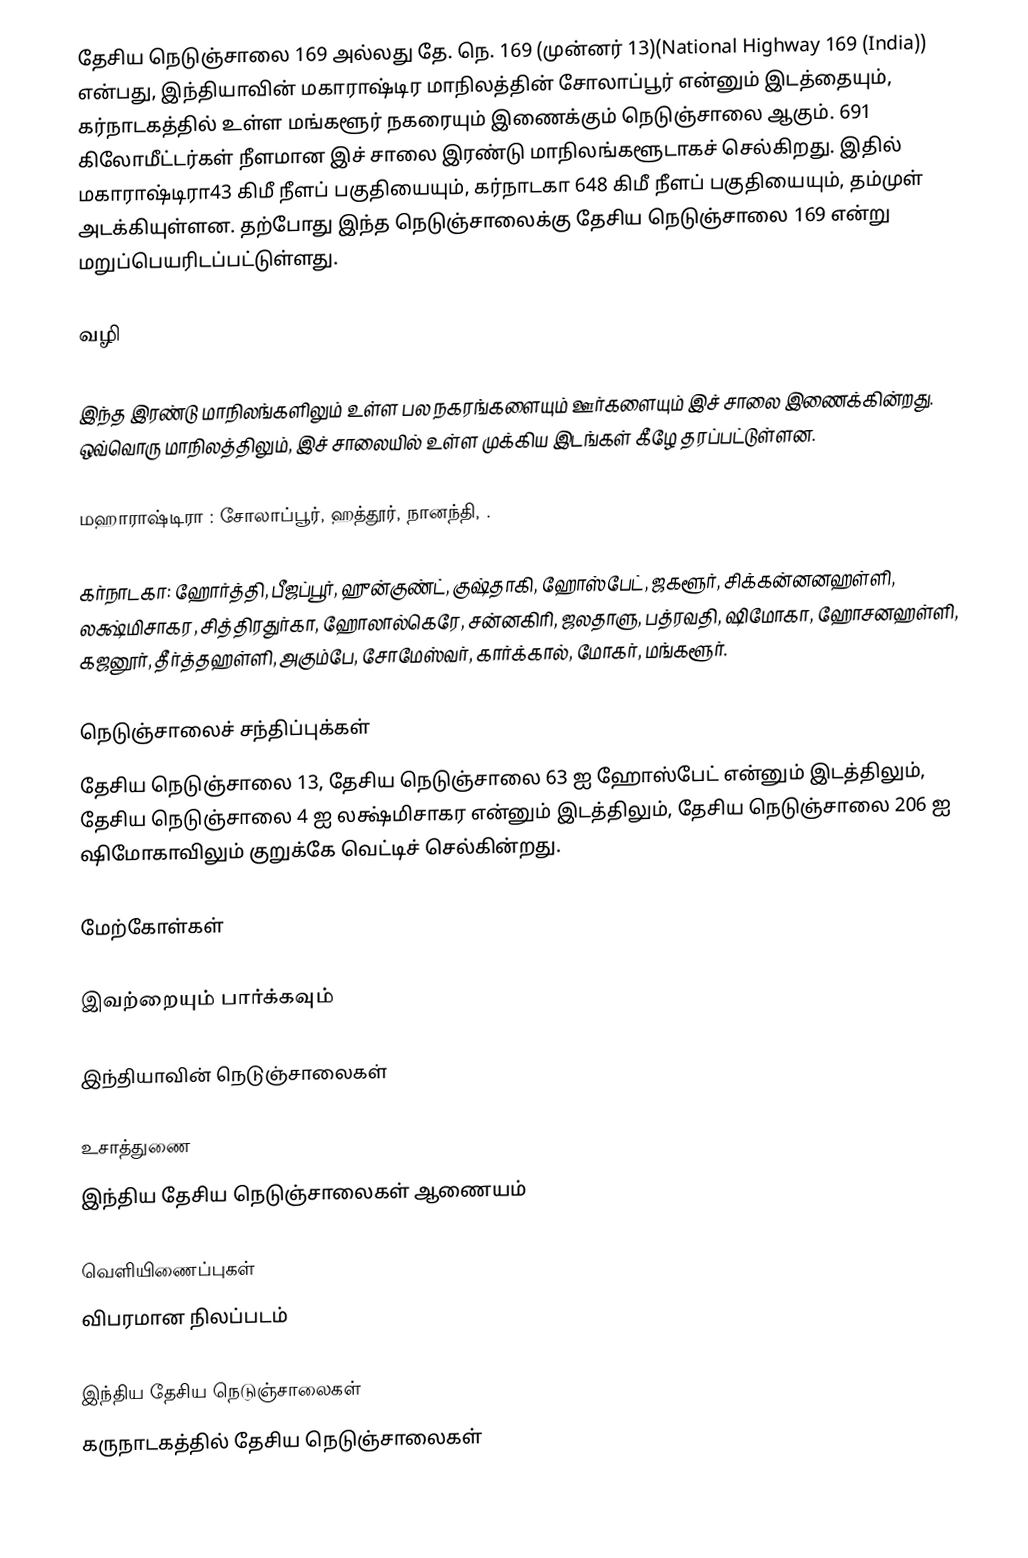
தேசிய நெடுஞ்சாலை 169 அல்லது தே. நெ. 169 (முன்னர் 13)(National Highway 169 (India)) என்பது, இந்தியாவின் மகாராஷ்டிர மாநிலத்தின் சோலாப்பூர் என்னும் இடத்தையும்,  கர்நாடகத்தில் உள்ள மங்களூர் நகரையும் இணைக்கும் நெடுஞ்சாலை ஆகும். 691 கிலோமீட்டர்கள் நீளமான இச் சாலை இரண்டு மாநிலங்களூடாகச் செல்கிறது. இதில் மகாராஷ்டிரா43 கிமீ நீளப் பகுதியையும், கர்நாடகா 648 கிமீ நீளப் பகுதியையும், தம்முள் அடக்கியுள்ளன. தற்போது இந்த நெடுஞ்சாலைக்கு தேசிய நெடுஞ்சாலை 169 என்று மறுப்பெயரிடப்பட்டுள்ளது.

வழி

இந்த இரண்டு மாநிலங்களிலும் உள்ள பல நகரங்களையும் ஊர்களையும் இச் சாலை இணைக்கின்றது. ஒவ்வொரு மாநிலத்திலும், இச் சாலையில் உள்ள முக்கிய இடங்கள் கீழே தரப்பட்டுள்ளன.

 மஹாராஷ்டிரா : சோலாப்பூர், ஹத்தூர், நானந்தி, .

 கர்நாடகா: ஹோர்த்தி, பீஜப்பூர், ஹுன்குண்ட், குஷ்தாகி, ஹோஸ்பேட், ஜகளூர், சிக்கன்னனஹள்ளி, லக்ஷ்மிசாகர, சித்திரதுர்கா, ஹோலால்கெரே, சன்னகிரி, ஜலதாளு, பத்ரவதி, ஷிமோகா, ஹோசனஹள்ளி, கஜனூர், தீர்த்தஹள்ளி, அகும்பே, சோமேஸ்வர், கார்க்கால், மோகர், மங்களூர்.

நெடுஞ்சாலைச் சந்திப்புக்கள்
தேசிய நெடுஞ்சாலை 13, தேசிய நெடுஞ்சாலை 63 ஐ ஹோஸ்பேட் என்னும் இடத்திலும், தேசிய நெடுஞ்சாலை 4 ஐ லக்ஷ்மிசாகர என்னும் இடத்திலும், தேசிய நெடுஞ்சாலை 206 ஐ ஷிமோகாவிலும் குறுக்கே வெட்டிச் செல்கின்றது.

மேற்கோள்கள்

இவற்றையும் பார்க்கவும்

 இந்தியாவின் நெடுஞ்சாலைகள்

உசாத்துணை
 இந்திய தேசிய நெடுஞ்சாலைகள் ஆணையம்

வெளியிணைப்புகள்
 விபரமான நிலப்படம்

இந்திய தேசிய நெடுஞ்சாலைகள்
கருநாடகத்தில் தேசிய நெடுஞ்சாலைகள்